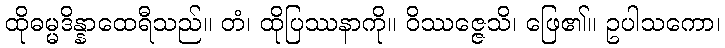
ထိုဓမ္မဒိန္နာထေရီသည်။ တံ၊ ထိုပြဿနာကို။ ဝိဿဇ္ဇေသိ၊ ဖြေ၏။ ဥပါသကော၊